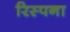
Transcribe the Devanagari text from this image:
रिस्पना